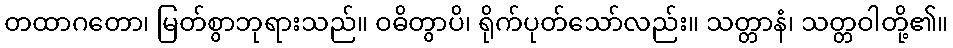
တထာဂတော၊ မြတ်စွာဘုရားသည်။ ဝဓိတွာပိ၊ ရိုက်ပုတ်သော်လည်း။ သတ္တာနံ၊ သတ္တဝါတို့၏။